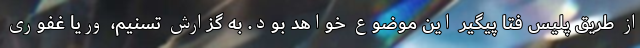
از طریق پلیس فتا پیگیر این موضوع خواهد بود. به گزارش تسنیم، وریا غفوری